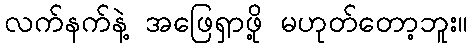
လက်နက်နဲ့ အဖြေရှာဖို့ မဟုတ်တော့ဘူး။